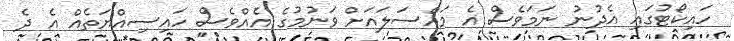
ހައިކޯޓުގައި އެދުނު ނަމަވެސް އެ މައްސަލައަށް ވަނުމުގެ އެއްވެސް ހައިސިއްޔަތެއް އެ ދެ